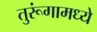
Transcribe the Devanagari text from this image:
तुरूंगामध्ये